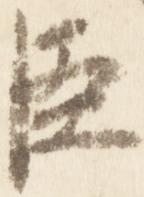
臣